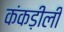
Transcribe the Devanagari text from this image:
कंकड़ीली